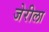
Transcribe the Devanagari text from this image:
जेरीला